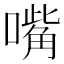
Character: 嘴